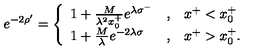
e ^ { - 2 \rho ^ { \prime } } = \left\{ \begin{array} { l c l } { 1 + { \frac { M } { \lambda ^ { 2 } x _ { 0 } ^ { + } } } e ^ { \lambda \sigma ^ { - } } } & { , } & { x ^ { + } < x _ { 0 } ^ { + } \nonumber } \\ { 1 + { \frac { M } { \lambda } } e ^ { - 2 \lambda \sigma } } & { , } & { x ^ { + } > x _ { 0 } ^ { + } . } \\ \end{array} \right.